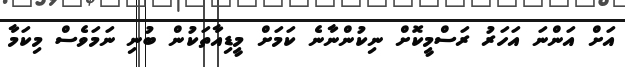
އަށް އަންނަ އަހަރު ރަސްމީކޮށް ނިކުންނާނެ ކަމަށް މީޑިއާތަކުން ބުނި ނަމަވެސް މިކަމާ